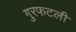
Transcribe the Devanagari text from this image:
गुरफटली